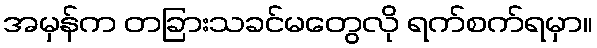
အမှန်က တခြားသခင်မတွေလို ရက်စက်ရမှာ။